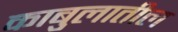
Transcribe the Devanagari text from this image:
काबुलातील